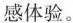
感体验。